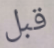
قبل